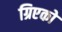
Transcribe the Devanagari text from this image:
ग्रिएको